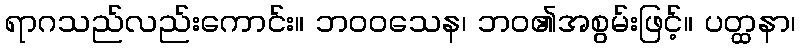
ရာဂသည်လည်းကောင်း။ ဘဝဝသေန၊ ဘဝ၏အစွမ်းဖြင့်။ ပတ္ထနာ၊